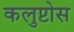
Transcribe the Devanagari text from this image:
कलुप्टोस